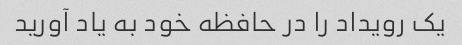
یک رویداد را در حافظه خود به یاد آورید